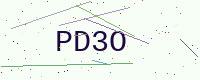
Text: PD3O